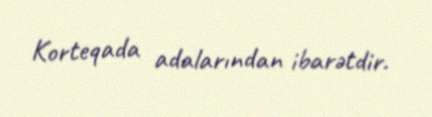
Korteqada adalarından ibarətdir.